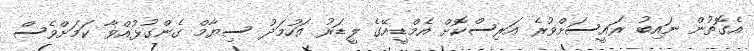
އެގޮތުން ނައިބު ރައީސަށްވުރެ އަރިސްކޮށް އެމްޑީއޭގެ ލީޑަރު އަހުމަދު ސިޔާމް ގެންގުޅުއްވާ ކަމަށްވެސް